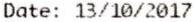
DATE: 13/10/2017